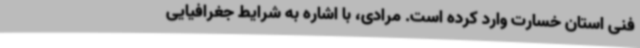
فنی استان خسارت وارد کرده است. مرادی، با اشاره به شرایط جغرافیایی